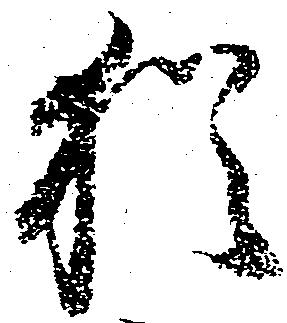
猶